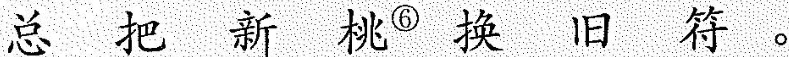
总 把 新 桃^{⑥} 换 旧 符 。